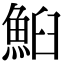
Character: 𩶧